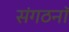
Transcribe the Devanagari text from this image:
संगठनॉ